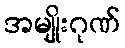
အမျိုးဂုဏ်